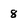
Character: 8